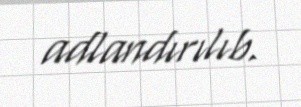
adlandırılıb.